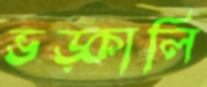
ভড়্‌কালি